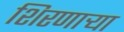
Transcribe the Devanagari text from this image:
शिरणाऱ्या